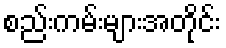
စည်းကမ်းများအတိုင်း